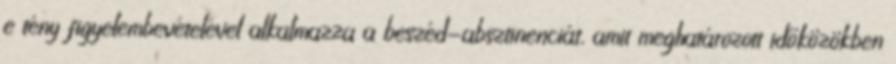
e tény figyelembevételével alkalmazza a beszéd-absztinenciát, amit meghatározott időközökben